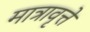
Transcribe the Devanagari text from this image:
मात्रावृत्ते